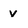
Character: v